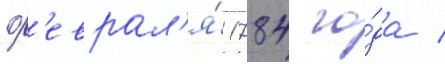
ф'еврал'я́ 1784 го́да /